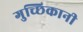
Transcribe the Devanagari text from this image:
गुच्छिकानी